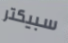
سبيكتر